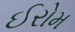
ઈરોમ